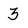
Character: 3